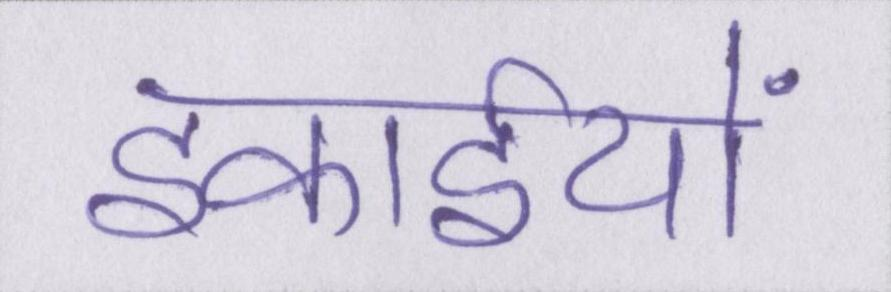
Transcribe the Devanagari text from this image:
इकाईयों